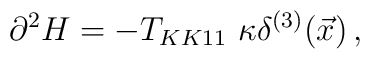
\partial^{2}H= -T_{KK11}\ \kappa \delta^{(3)}(\vec{x})\, ,